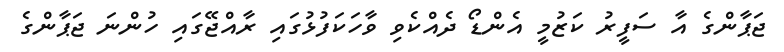
ޖަޕާންގެ އާ ސަފީރު ކަޒުމީ އެންޑޯ ދެއްކެވި ވާހަކަފުޅުގައި ރާއްޖޭގައި ހުންނަ ޖަޕާންގެ